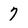
Character: 7